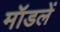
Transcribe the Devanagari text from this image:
मॉडलें